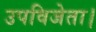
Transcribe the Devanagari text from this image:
उपविजेता।